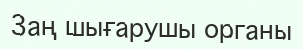
Заң шығарушы органы